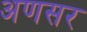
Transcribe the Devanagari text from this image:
अणसर